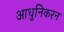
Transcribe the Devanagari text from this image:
आधुनिकरन